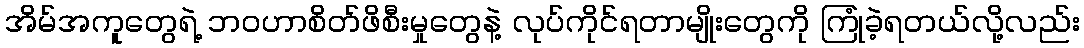
အိမ်အကူတွေရဲ့ ဘဝဟာစိတ်ဖိစီးမှုတွေနဲ့ လုပ်ကိုင်ရတာမျိုးတွေကို ကြုံခဲ့ရတယ်လို့လည်း